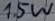
Text: 15W